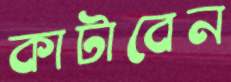
কাটাবেন